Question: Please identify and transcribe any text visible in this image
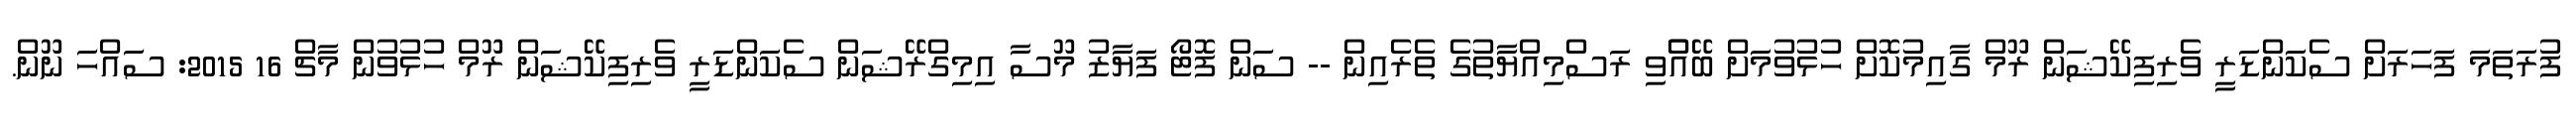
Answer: ފުރަތަމަ ފަހަރަށް ސެކަންޑަރީ ވެރިފިކޭޝަން ރޫމް ގާއިމުކޮށް ހުޅުވުމަށް ބޭއްްވި ރަސްމިއްޔާތުގެ ތެރެއިން -- ސަން ފޮޓޯ ފަޔާޒު މޫސާ އިމިގްރޭޝަން ސެކަންޑަރީ ވެރިފިކޭޝަން ރޫމް ހުޅުވުން މާޗް 16 2015: ސައްހަ ނޫން.